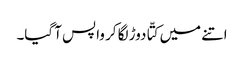
اتنے میں کتّا دوڑ لگا کر واپس آ گیا۔